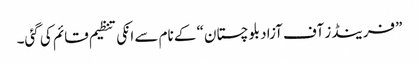
”فرینڈز آف آزاد بلوچستان“ کے نام سے انکی تنظیم قائم کی گئی۔